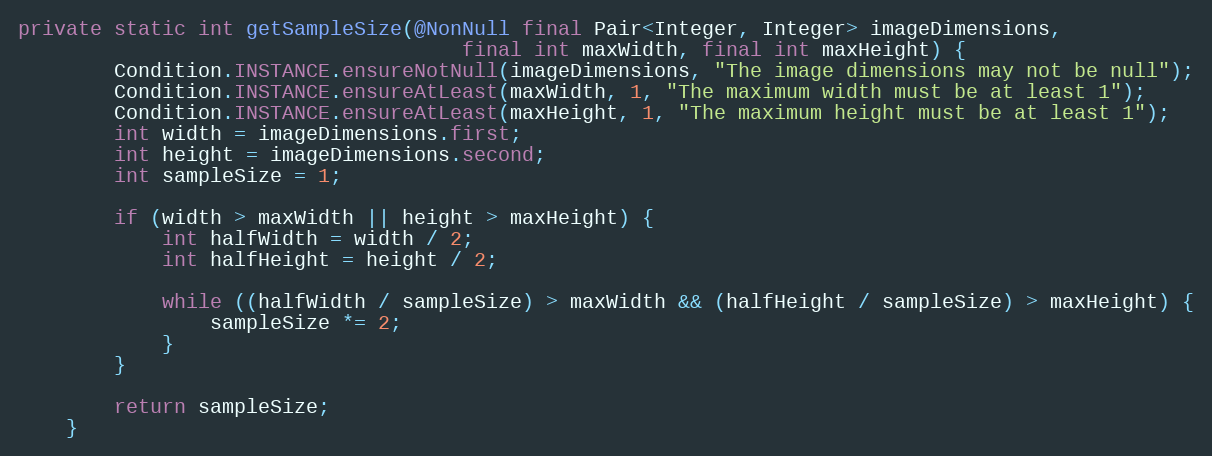
Language: Java
private static int getSampleSize(@NonNull final Pair<Integer, Integer> imageDimensions,
                                     final int maxWidth, final int maxHeight) {
        Condition.INSTANCE.ensureNotNull(imageDimensions, "The image dimensions may not be null");
        Condition.INSTANCE.ensureAtLeast(maxWidth, 1, "The maximum width must be at least 1");
        Condition.INSTANCE.ensureAtLeast(maxHeight, 1, "The maximum height must be at least 1");
        int width = imageDimensions.first;
        int height = imageDimensions.second;
        int sampleSize = 1;

        if (width > maxWidth || height > maxHeight) {
            int halfWidth = width / 2;
            int halfHeight = height / 2;

            while ((halfWidth / sampleSize) > maxWidth && (halfHeight / sampleSize) > maxHeight) {
                sampleSize *= 2;
            }
        }

        return sampleSize;
    }